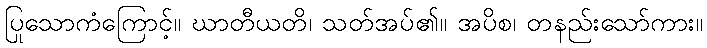
ပြုသောကံကြောင့်။ ဃာတီယတိ၊ သတ်အပ်၏။ အပိစ၊ တနည်းသော်ကား။